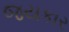
જયકાર